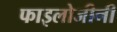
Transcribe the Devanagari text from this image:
फाइलोजीनी